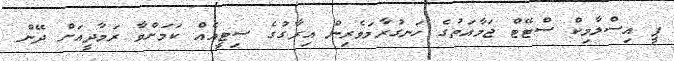
ޕީ އިސްލާމިކް ސްޓޭޓް ޖަމާއަތުގެ ހަނގުރާމަވެރިން އިރާގުގެ ސިޓީއެއް ކަމަށްވާ ރަމާދީއަށް ދޭން